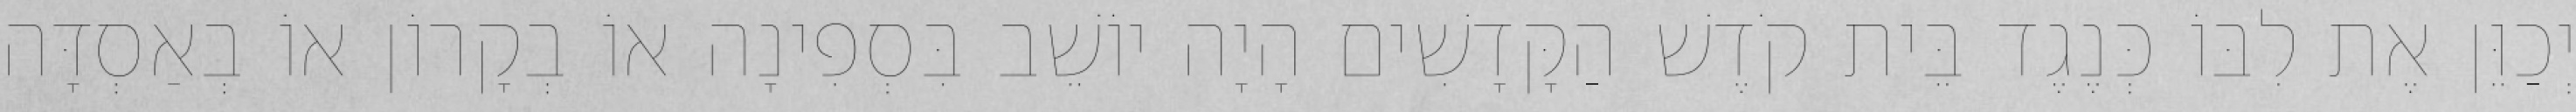
יְכַוֵּן אֶת לִבּוֹ כְּנֶגֶד בֵּית קֹדֶשׁ הַקָּדָשִׁים הָיָה יוֹשֵׁב בִּסְפִינָה אוֹ בְקָרוֹן אוֹ בְאַסְדָּה